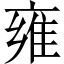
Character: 雍